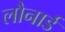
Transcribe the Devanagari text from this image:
लौनार्ड